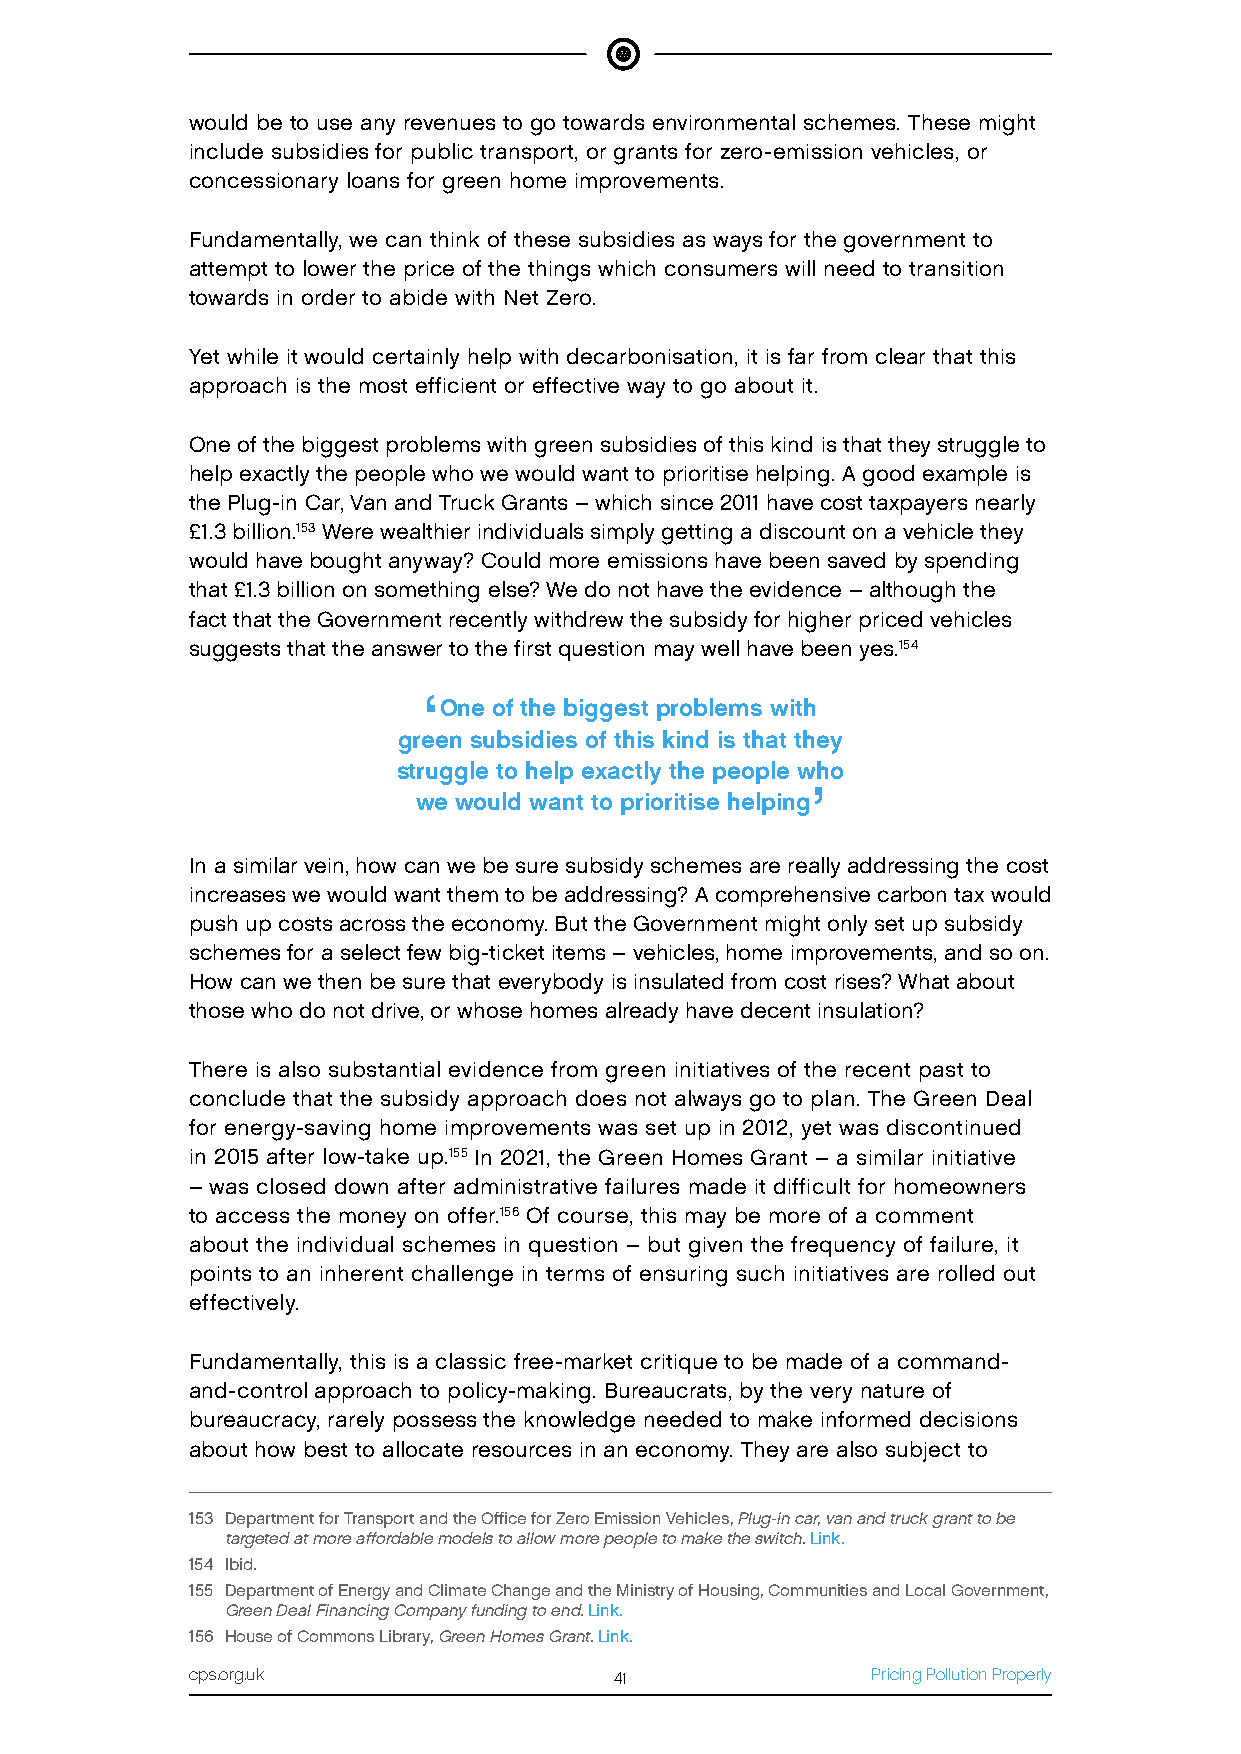
would be to use any revenues to go towards environmental schemes. These might
 include subsidies for public transport, or grants for zero-emission vehicles, or
 concessionary loans for green home improvements.
 Fundamentally, we can think of these subsidies as ways for the government to
 attempt to lower the price of the things which consumers will need to transition
 towards in order to abide with Net Zero.
 Yet while it would certainly help with decarbonisation, it is far from clear that this
 approach is the most efficient or effective way to go about it.
 One of the biggest problems with green subsidies of this kind is that they struggle to
 help exactly the people who we would want to prioritise helping. A good example is
 the Plug-in Car, Van and Truck Grants – which since 2011 have cost taxpayers nearly
 £1.3 billion.153 Were wealthier individuals simply getting a discount on a vehicle they
 would have bought anyway? Could more emissions have been saved by spending
 that £1.3 billion on something else? We do not have the evidence – although the
 fact that the Government recently withdrew the subsidy for higher priced vehicles
 suggests that the answer to the first question may well have been yes.154
 ‘
 One of the biggest problems with
 green subsidies of this kind is that they
 struggle to help exactly the people who
 ’
 we would want to prioritise helping
 In a similar vein, how can we be sure subsidy schemes are really addressing the cost
 increases we would want them to be addressing? A comprehensive carbon tax would
 push up costs across the economy. But the Government might only set up subsidy
 schemes for a select few big-ticket items – vehicles, home improvements, and so on.
 How can we then be sure that everybody is insulated from cost rises? What about
 those who do not drive, or whose homes already have decent insulation?
 There is also substantial evidence from green initiatives of the recent past to
 conclude that the subsidy approach does not always go to plan. The Green Deal
 for energy-saving home improvements was set up in 2012, yet was discontinued
 in 2015 after low-take up.155 In 2021, the Green Homes Grant – a similar initiative
 – was closed down after administrative failures made it difficult for homeowners
 to access the money on offer.156 Of course, this may be more of a comment
 about the individual schemes in question – but given the frequency of failure, it
 points to an inherent challenge in terms of ensuring such initiatives are rolled out
 effectively.
 Fundamentally, this is a classic free-market critique to be made of a command-
 and-control approach to policy-making. Bureaucrats, by the very nature of
 bureaucracy, rarely possess the knowledge needed to make informed decisions
 about how best to allocate resources in an economy. They are also subject to
 153 Department for Transport and the Office for Zero Emission Vehicles, Plug-in car, van and truck grant to be
 targeted at more affordable models to allow more people to make the switch. Link.
 154 Ibid.
 155 Department of Energy and Climate Change and the Ministry of Housing, Communities and Local Government,
 Green Deal Financing Company funding to end. Link.
 156 House of Commons Library, Green Homes Grant. Link.
 cps.org.uk                  41               Pricing Pollution Properly